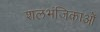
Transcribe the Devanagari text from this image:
शलभंजिकाओं